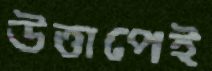
উত্তাপেই